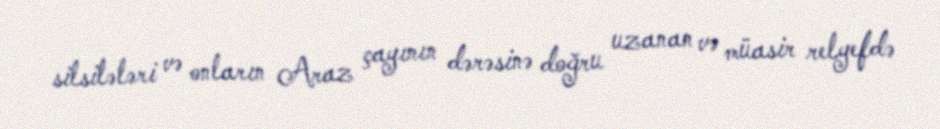
silsilələri və onların Araz çayının dərəsinə doğru uzanan və müasir relyefdə